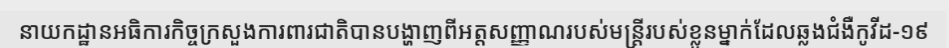
នាយកដ្ឋានអធិការកិច្ចក្រសួងការពារជាតិបានបង្ហាញពីអត្តសញ្ញាណរបស់មន្ត្រីរបស់ខ្លួនម្នាក់ដែលឆ្លងជំងឺកូវីដ-១៩